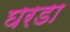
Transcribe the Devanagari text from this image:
घरडा